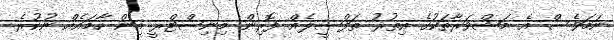
ނަމަވެސް އެ މަޝްވަރާތަކުގެ އިތުރު ތަފްސީލެއް ފޮރިން މިނިސްޓްރީ އިން ހާމައެއް ނުކުރެ